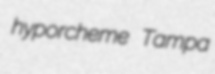
hyporcheme Tampa